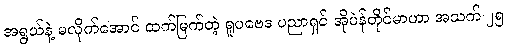
အရွယ်နဲ့ မလိုက်အောင် ထက်မြက်တဲ့ ရူပဗေဒ ပညာရှင် အိုပဲန်ဟိုင်မာဟာ အသက် ၂၅